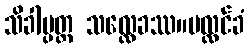
သိခါပ္ပတ္တ သလ္လေခဿ။ပလ္လင်ခံ